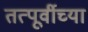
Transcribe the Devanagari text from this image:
तत्पूर्वीच्या